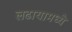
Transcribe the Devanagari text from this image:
लढायामध्ये